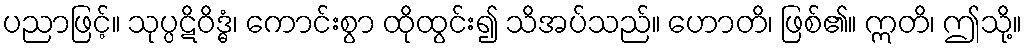
ပညာဖြင့်။ သုပ္ပဋိဝိဒ္ဓံ၊ ကောင်းစွာ ထိုထွင်း၍ သိအပ်သည်။ ဟောတိ၊ ဖြစ်၏။ ဣတိ၊ ဤသို့။